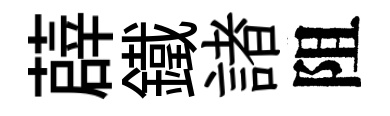
薜鐵諸阻